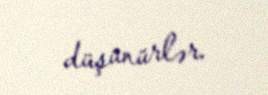
düşünürlər.